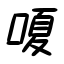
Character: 嗄